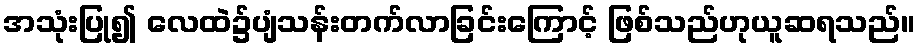
အသုံးပြု၍ လေထဲ၌ပျံသန်းတက်လာခြင်းကြောင့် ဖြစ်သည်ဟုယူဆရသည်။